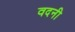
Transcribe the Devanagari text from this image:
वदनी